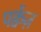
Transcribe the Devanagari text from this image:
पर्क्वेज़